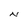
Character: N